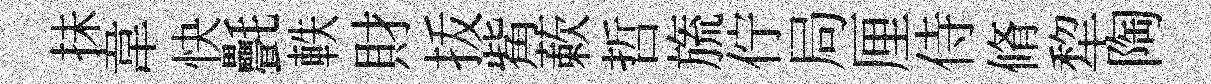
抺韋快㲲軼財㧞觜蔌哲旒佇局厘侍脩犂陶